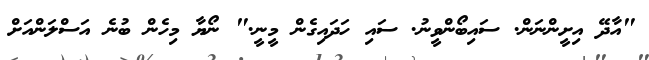
"އާދޭ އިށީންނަން. ސައިބޯންވީނު. ސައި ހަދައިގެން މީނީ." ނޯޔާ މިހެން ބުނެ އަސްލަންއަށް